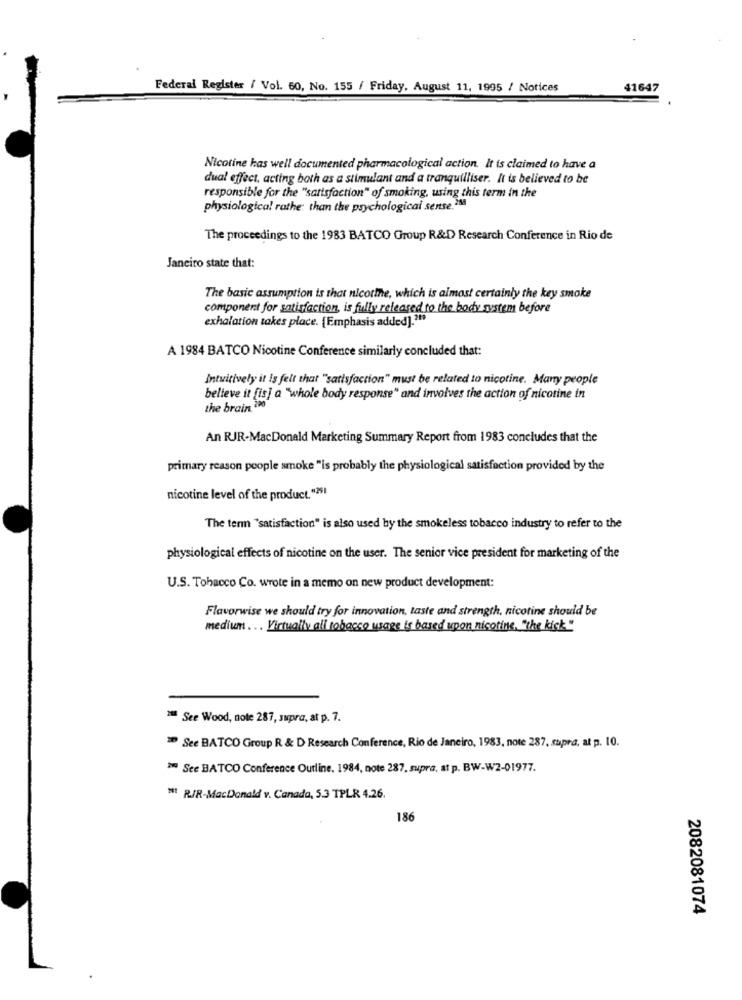
Federal Register / Vol. 60, No. 155 / Friday, August 11, 1995 / Notices
41647
Nicotine has well documented pharmacological action. It is claimed to have a
dual effect, acting both as a stimulant and a tranquilliser. It is believed to be
responsible for the "satisfaction" of smoking, using this term in the
physiological rathe: than the psychological sense.288
The proceedings to the 1983 BATCO Group R&D Research Conference in Rio de
Janciro state that:
The basic assumption is that nicotine, which is almost certainly the key smoke
component for satisfaction, is fully released to the body system before
exhalation takes place. [Emphasis added].219
A 1984 BATCO Nicotine Conference similarly concluded that:
Intuitively it is felt that "satisfaction" must be related to nicotine. Many people
believe it [is] a "whole body response" and involves the action of nicotine in
the brain 290
An RJR-MacDonald Marketing Summary Report from 1983 concludes that the
primary reason people smoke "is probably the physiological satisfaction provided by the
nicotine level of the product."251
The term "satisfaction" is also used by the smokeless tobacco industry to refer to the
physiological effects of nicotine on the user. The senior vice president for marketing of the
U.S. Tobacco Co. wrote in a memo on new product development:
Flavorwise we should try for innovation, taste and strength, nicotine should be
medium ... Virtually all tobacco usage is based upon nicotine, "the kisk"
See Wood, note 287, supra, at p. 7.
See BATCO Group R & D Research Conference, Rio de Janeiro, 1983, note 287. supra, at p. 10.
See BATCO Conference Outline. 1984, note 287. supra, at p. BW-W2-01977.
" RIR-MacDonald v. Canada, 5.3 TPLR 4.26
186
2082081074